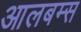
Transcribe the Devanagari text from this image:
आलबम्स